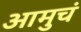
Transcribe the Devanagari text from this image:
आमुचं